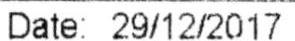
DATE: 29/12/2017